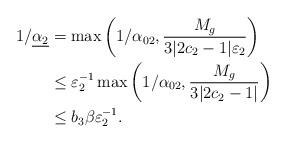
LaTeX: \begin{align*}1/\underline{\alpha_2} &= \max \left( 1/\alpha_{02}, \dfrac{M_g}{3|2c_2 -1|\varepsilon_2}\right)\\&\leq \varepsilon_2^{-1} \max\left( 1/\alpha_{02}, \dfrac{M_g}{3|2c_2 -1|}\right)\\&\leq b_3 \beta \varepsilon_2^{-1}.\end{align*}